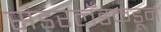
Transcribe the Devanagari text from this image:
संडरलँडकडून